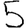
Digit: 5